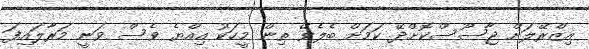
އިޒްރޭލަށް ޖާސޫސްކޮށްދޭ ކަމަށް ބެލެވޭ ތިން މީހަކު އިއްޔެ ވެސް ވަނީ މަރާލައިފަ